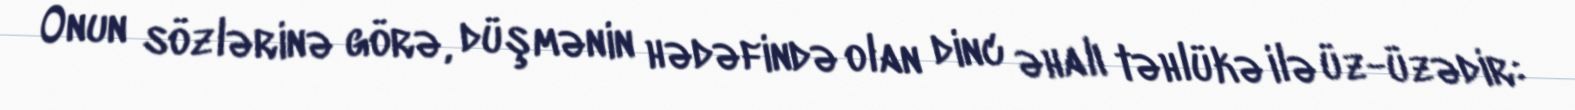
Onun sözlərinə görə, düşmənin hədəfində olan dinc əhalı təhlükə ilə üz-üzədir: